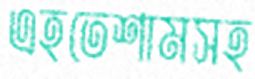
এহতেশামসহ